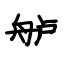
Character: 舻